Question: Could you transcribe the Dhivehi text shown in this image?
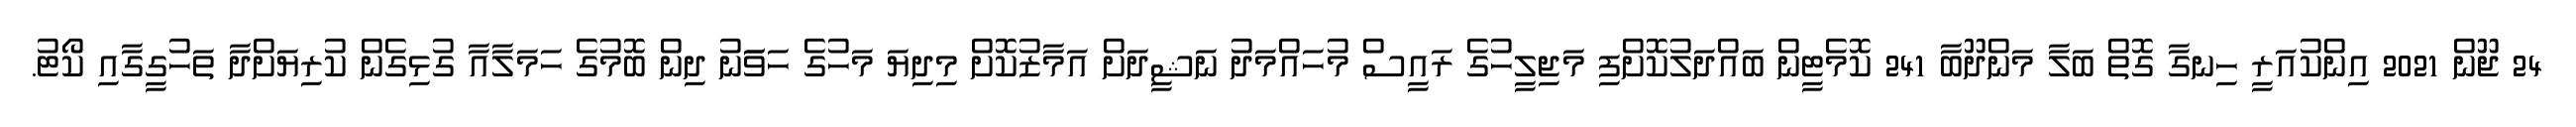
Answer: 24 ޖޫން 2021 އިންކުއަރީ ހިނގާ ގޮތް ބަލާ މަންދޫބާ 241 ކޮމެޓީން ބައްދަލުކޮށްފި މަޖިލީހުގެ ރައީސް މުހައްމަދު ނަޝީދަށް އަމާޒުކޮށް މިދިޔަ މަހުގެ ހަވަަނު ދިން ބޮމުގެ ހަމަލާއާ ގުޅިގެން ކުރިޔަށްދާ ތަހުގީގާއި ކޯޓު.